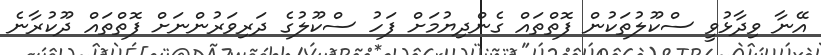
އޭނާ ވިދާޅުވީ ސްކޫލުތަކުން ފޮތްތައް ގެންދިޔުމަށް ފަހު ސްކޫލުގެ ދަރިވަރުންނަށް ފޮތްތައް ދޫކުރާނެ